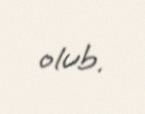
olub.